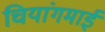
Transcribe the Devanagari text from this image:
चियांगमाई